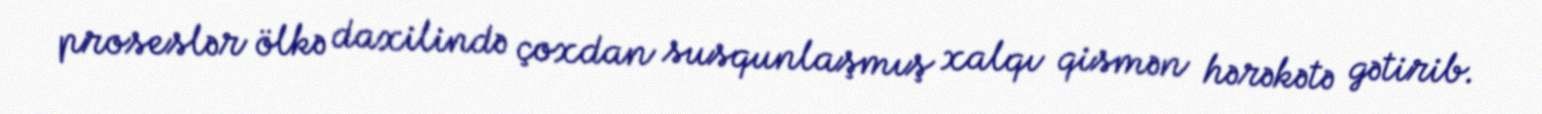
proseslər ölkə daxilində çoxdan susqunlaşmış xalqı qismən hərəkətə gətirib.